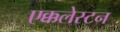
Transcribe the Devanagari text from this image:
एक्कलेस्टन